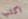
اكتب